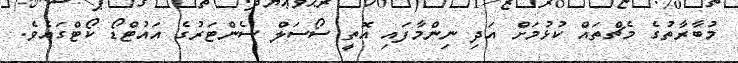
މުބާރާތުގެ މެޗްތައް ކުޅުމަށް އަދި ނިންމާފައި އޮތީ ސޯސަލް ސެންޓަރުގެ އައުޓްޑޯ ކޯޓްގައެވެ.